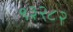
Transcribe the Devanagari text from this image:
९३२८२